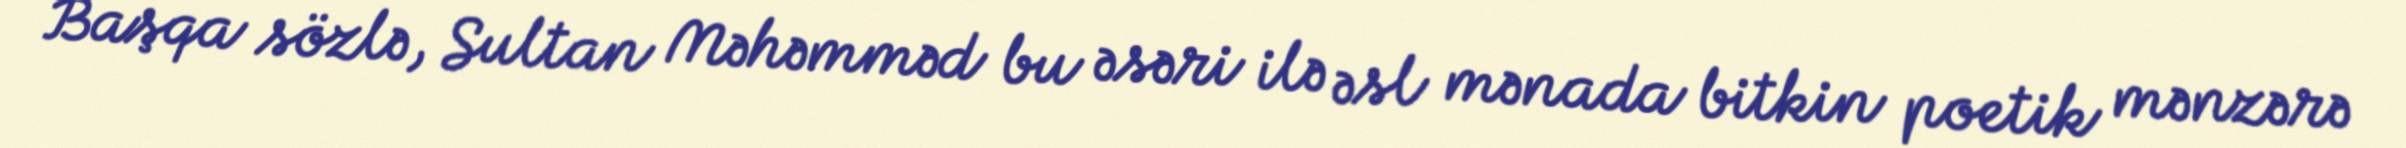
Başqa sözlə, Sultan Məhəmməd bu əsəri ilə əsl mənada bitkin poetik mənzərə